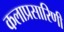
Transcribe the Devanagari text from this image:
कलाप्रसारिणी